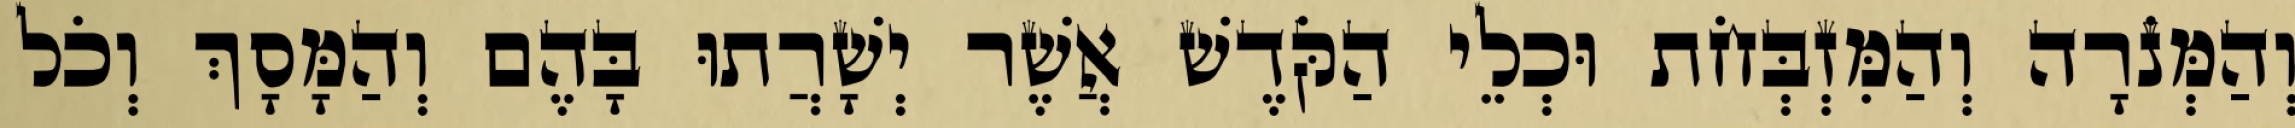
וְהַמְּנֹרָה וְהַמִּזְבְּחֹת וּכְלֵי הַקֹּדֶשׁ אֲשֶׁר יְשָׁרֲתוּ בָּהֶם וְהַמָּסָךְ וְכֹל